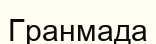
Гранмада